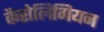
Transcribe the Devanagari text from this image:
कैरोलिंगियन